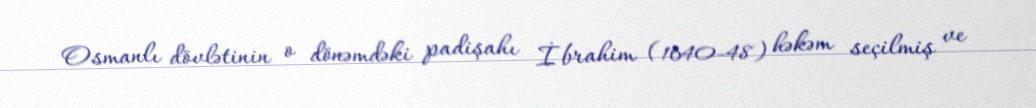
Osmanlı dövlətinin o dönəmdəki padişahı İbrahim (1640-48) həkəm seçilmiş ve